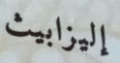
إليزابيث